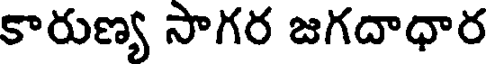
కారుణ్య సాగర జగదాధార